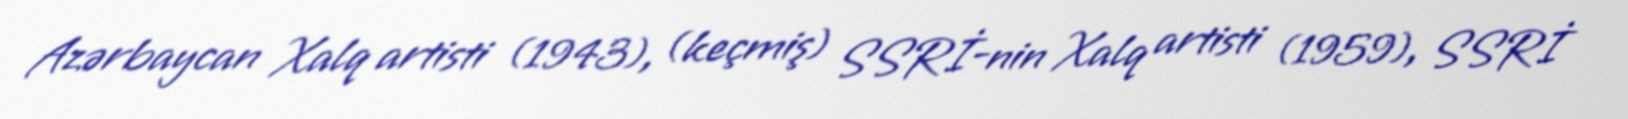
Azərbaycan Xalq artisti (1943), (keçmiş) SSRİ-nin Xalq artisti (1959), SSRİ